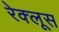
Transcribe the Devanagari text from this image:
रेक्लूस